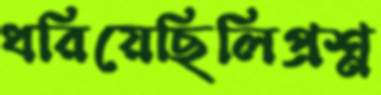
ধরিয়েছিলিপ্রশ্ন